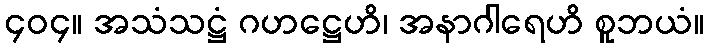
၄၀၄။ အသံသဋ္ဌံ ဂဟဋ္ဌေဟိ၊ အနာဂါရေဟိ စူဘယံ။